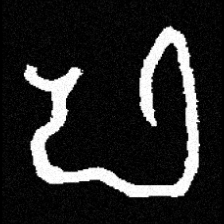
Pyu character \u2014 Myanmar letter: ဖ (romanized: pha)